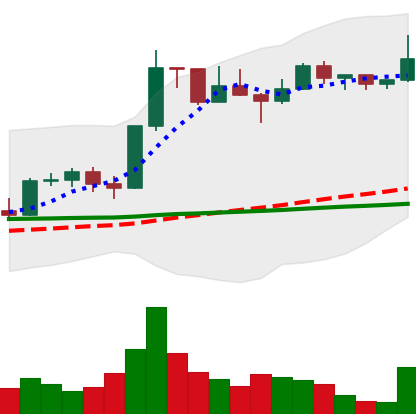
Ticker: LTC-USD
Chart end date: 2022-12-05
Forward return: -4.85%
Label: down_3_5